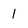
Character: l